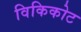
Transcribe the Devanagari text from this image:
विकिकोट